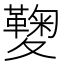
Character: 𡖁